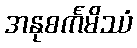
အနုစင်္ကမိဿံ